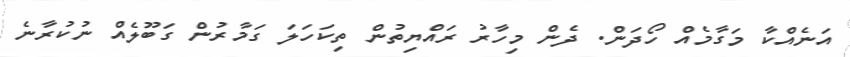
އަނެއްކާ މަގާމެއް ހޯދަން. ދެން މިހާރު ރައްޔިތުން ތިކަހަލަ ގަމާރުން ގަބޫލެއް ނުކުރާނެ